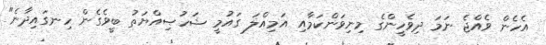
އެހެން ވެއްޖެ ނަމަ ދިވެހީންގެ މިނިވަންކަމާއި އަމިއްލަ ގައުމީ ޝަހުޞިއްޔަތު ބީވެގެން ހިނގައިދާނެ"